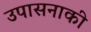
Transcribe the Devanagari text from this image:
उपासनाकी